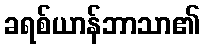
ခရစ်ယာန်ဘာသာ၏